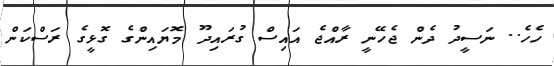
ހެހެ.. ނަސީދު ދެން ޖެހޭނީ ރާއްޖެ އައިސް ގުރައިދޫ މޮޔައިންގެ ގޮޅީގެ ރަސްކަން